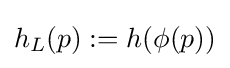
h_{L}(p):=h(\phi (p))